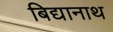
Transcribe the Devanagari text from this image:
बिद्यानाथ